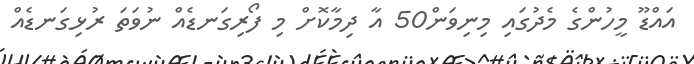
އައްޑޫ މީހުންގެ މެދުގައި މިނިވަން50 އާ ދިމާކޮށް މި ފޯރިގަނޑެއް ނުވަތަ ރުޅިގަނޑެއް